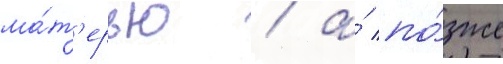
ма́т'ерью / а́ по́зже